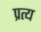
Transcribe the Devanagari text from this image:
प्रत्य